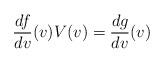
\begin{align*} \frac{df}{dv}(v)V(v)=\frac{dg}{dv}(v)\end{align*}